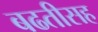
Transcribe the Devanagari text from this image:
बढतीसह